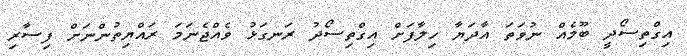
އިގްތިސޯދީ ބޫމެއް ނުވަތަ އާދަޔާ ހިލާފަށް އިގްތިސޯދު ރަނގަޅު ވެއްޖެނަމަ ރައްޔިތުންނަށް ފިސާރި